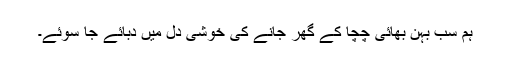
ہم سب بہن بھائی چچا کے گھر جانے کی خوشی دل میں دبائے جا سوئے۔